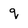
Character: q